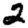
Digit: 2